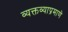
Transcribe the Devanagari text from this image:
व्यक्तव्याप्रमाणे